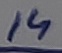
Text: 14